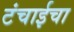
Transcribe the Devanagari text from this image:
टंचाईचा